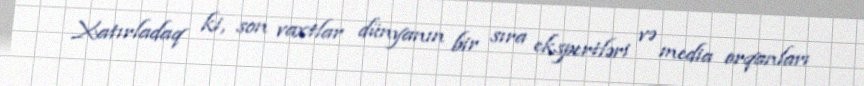
Xatırladaq ki, son vaxtlar dünyanın bir sıra ekspertləri və media orqanları